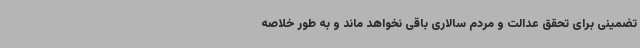
تضمینی برای تحقق عدالت و مردم سالاری باقی نخواهد ماند و به طور خلاصه